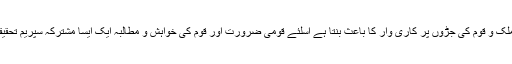
قوم ہی نہیں بلکہ ہر طبقہ فکر اس بات سے واقف ہے کہ سیاسی مفادات کیلئے کرپٹ عناصر کا اتحاد ہمیشہ ملک و قوم کی جڑوں پر کاری وار کا باعث بنتا ہے اسلئے قومی ضرورت اور قوم کی خواہش و مطالبہ ایک ایسا مشترکہ سپریم تحقیقاتی کمیشن ہے جس سربراہی چیف جسٹس کے پاس ہو جبکہ کمان چیف آف آرمی اسٹاف کے سپرد کی جائے۔